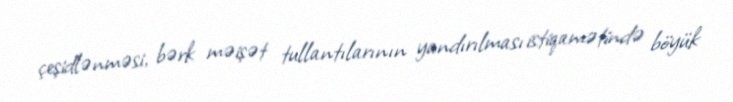
çeşidlənməsi, bərk məişət tullantılarının yandırılması istiqamətində böyük